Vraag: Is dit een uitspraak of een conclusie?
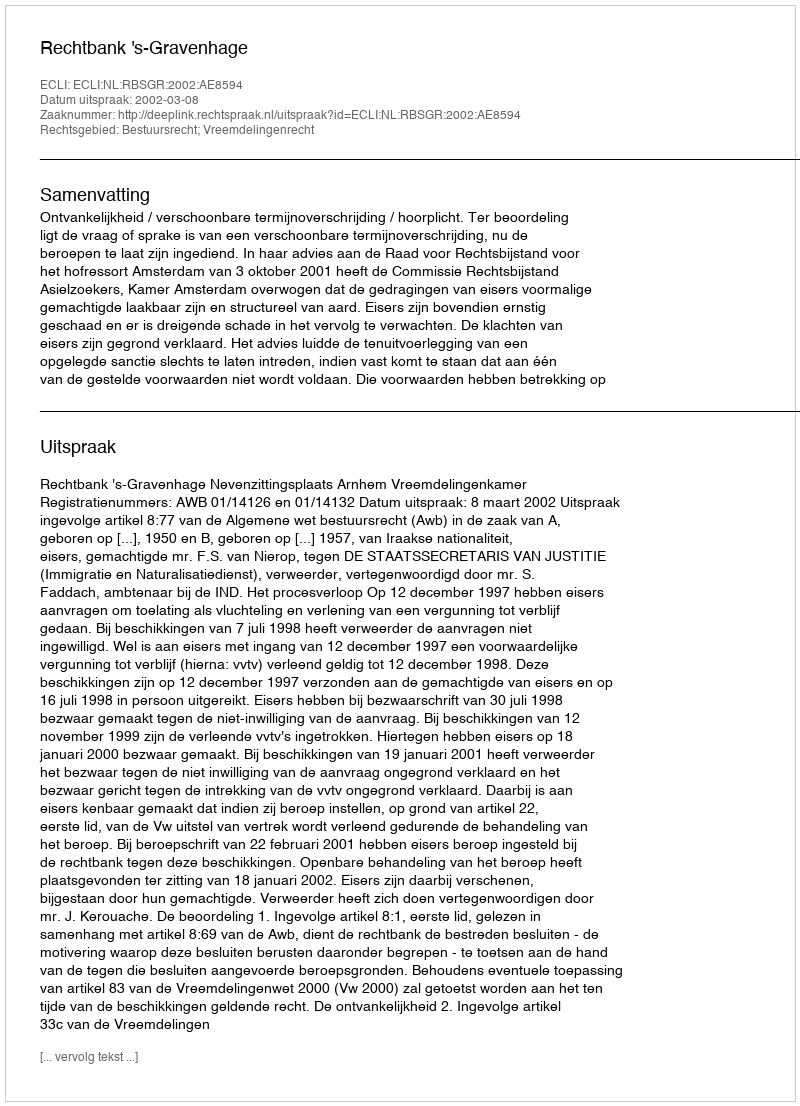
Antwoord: Uitspraak